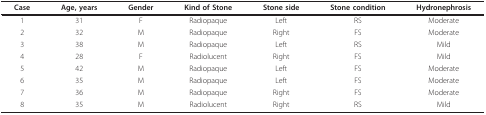
| Case | Age, years | Gender | Kind of Stone | Stone side | Stone condition | Hydronephrosis |
 | --- | --- | --- | --- | --- | --- | --- |
 | 1 | 31 | F | Radiopaque | Left | RS | Moderate |
 | 2 | 32 | M | Radiopaque | Right | FS | Moderate |
 | 3 | 38 | M | Radiopaque | Left | RS | Mild |
 | 4 | 28 | F | Radiolucent | Right | FS | Mild |
 | 5 | 42 | M | Radiopaque | Left | FS | Moderate |
 | 6 | 35 | M | Radiopaque | Left | FS | Moderate |
 | 7 | 36 | M | Radiopaque | Right | FS | Moderate |
 | 8 | 35 | M | Radiolucent | Right | RS | Mild |